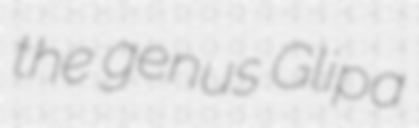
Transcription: the genus Glipa